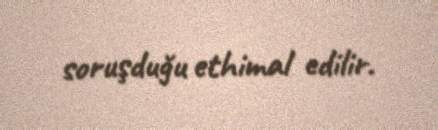
soruşduğu ethimal edilir.